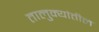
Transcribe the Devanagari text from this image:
तालुक्‍यांतील